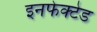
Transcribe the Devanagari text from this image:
इनफेक्टेड